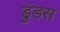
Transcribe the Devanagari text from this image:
डुंडस